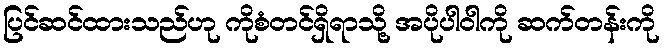
ပြင်ဆင်ထားသည်ဟု ကိုစံတင်ရှိရာသို့ အပိုပါဝါကို ဆက်တန်းကို